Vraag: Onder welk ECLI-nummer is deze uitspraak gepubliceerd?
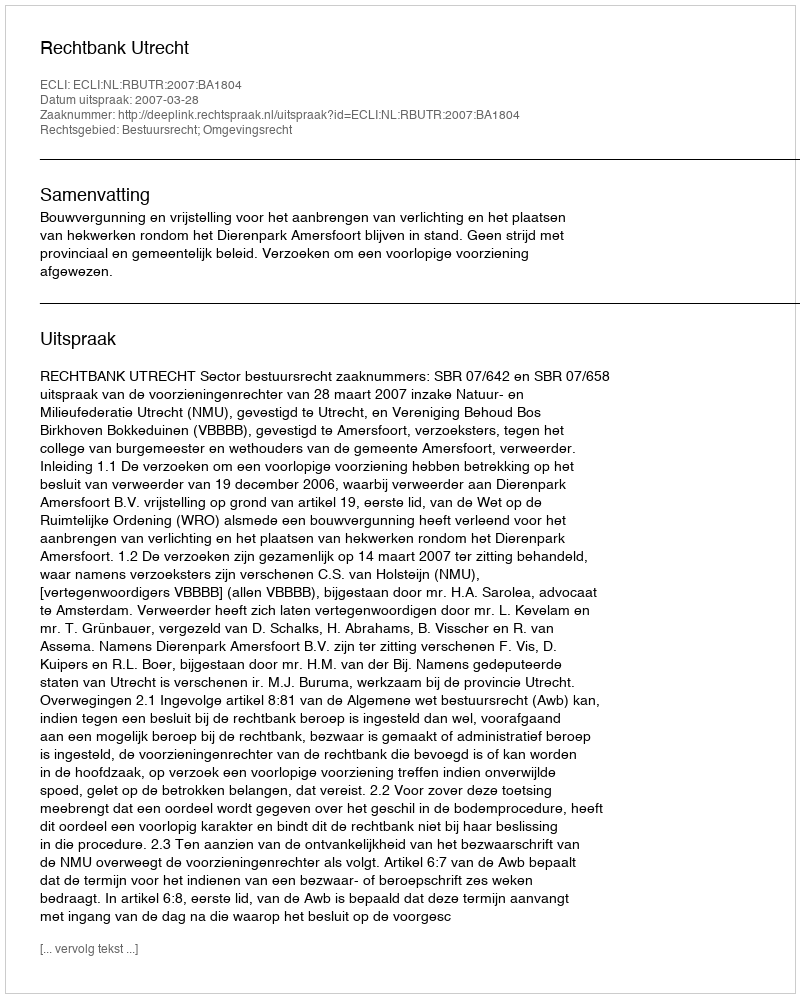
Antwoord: ECLI:NL:RBUTR:2007:BA1804